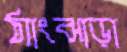
ঠ্যাংঝাড়া